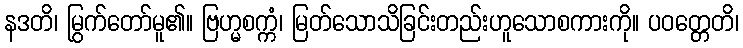
နဒတိ၊ မြွက်တော်မူ၏။ ဗြဟ္မစက္ကံ၊ မြတ်သောသိခြင်းတည်းဟူသောစကားကို။ ပဝတ္တေတိ၊